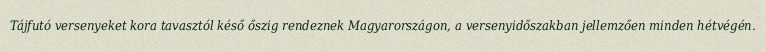
Tájfutó versenyeket kora tavasztól késő őszig rendeznek Magyarországon, a versenyidőszakban jellemzően minden hétvégén.